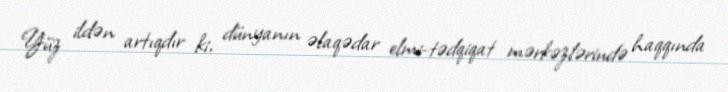
Yüz ildən artıqdır ki, dünyanın əlaqədar elmi-tədqiqat mərkəzlərində haqqında